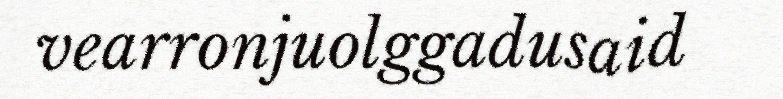
vearronjuolggadusaid